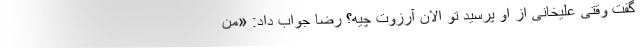
گفت وقتی علیخانی از او پرسید تو الان آرزوت چیه؟ رضا جواب داد: «من